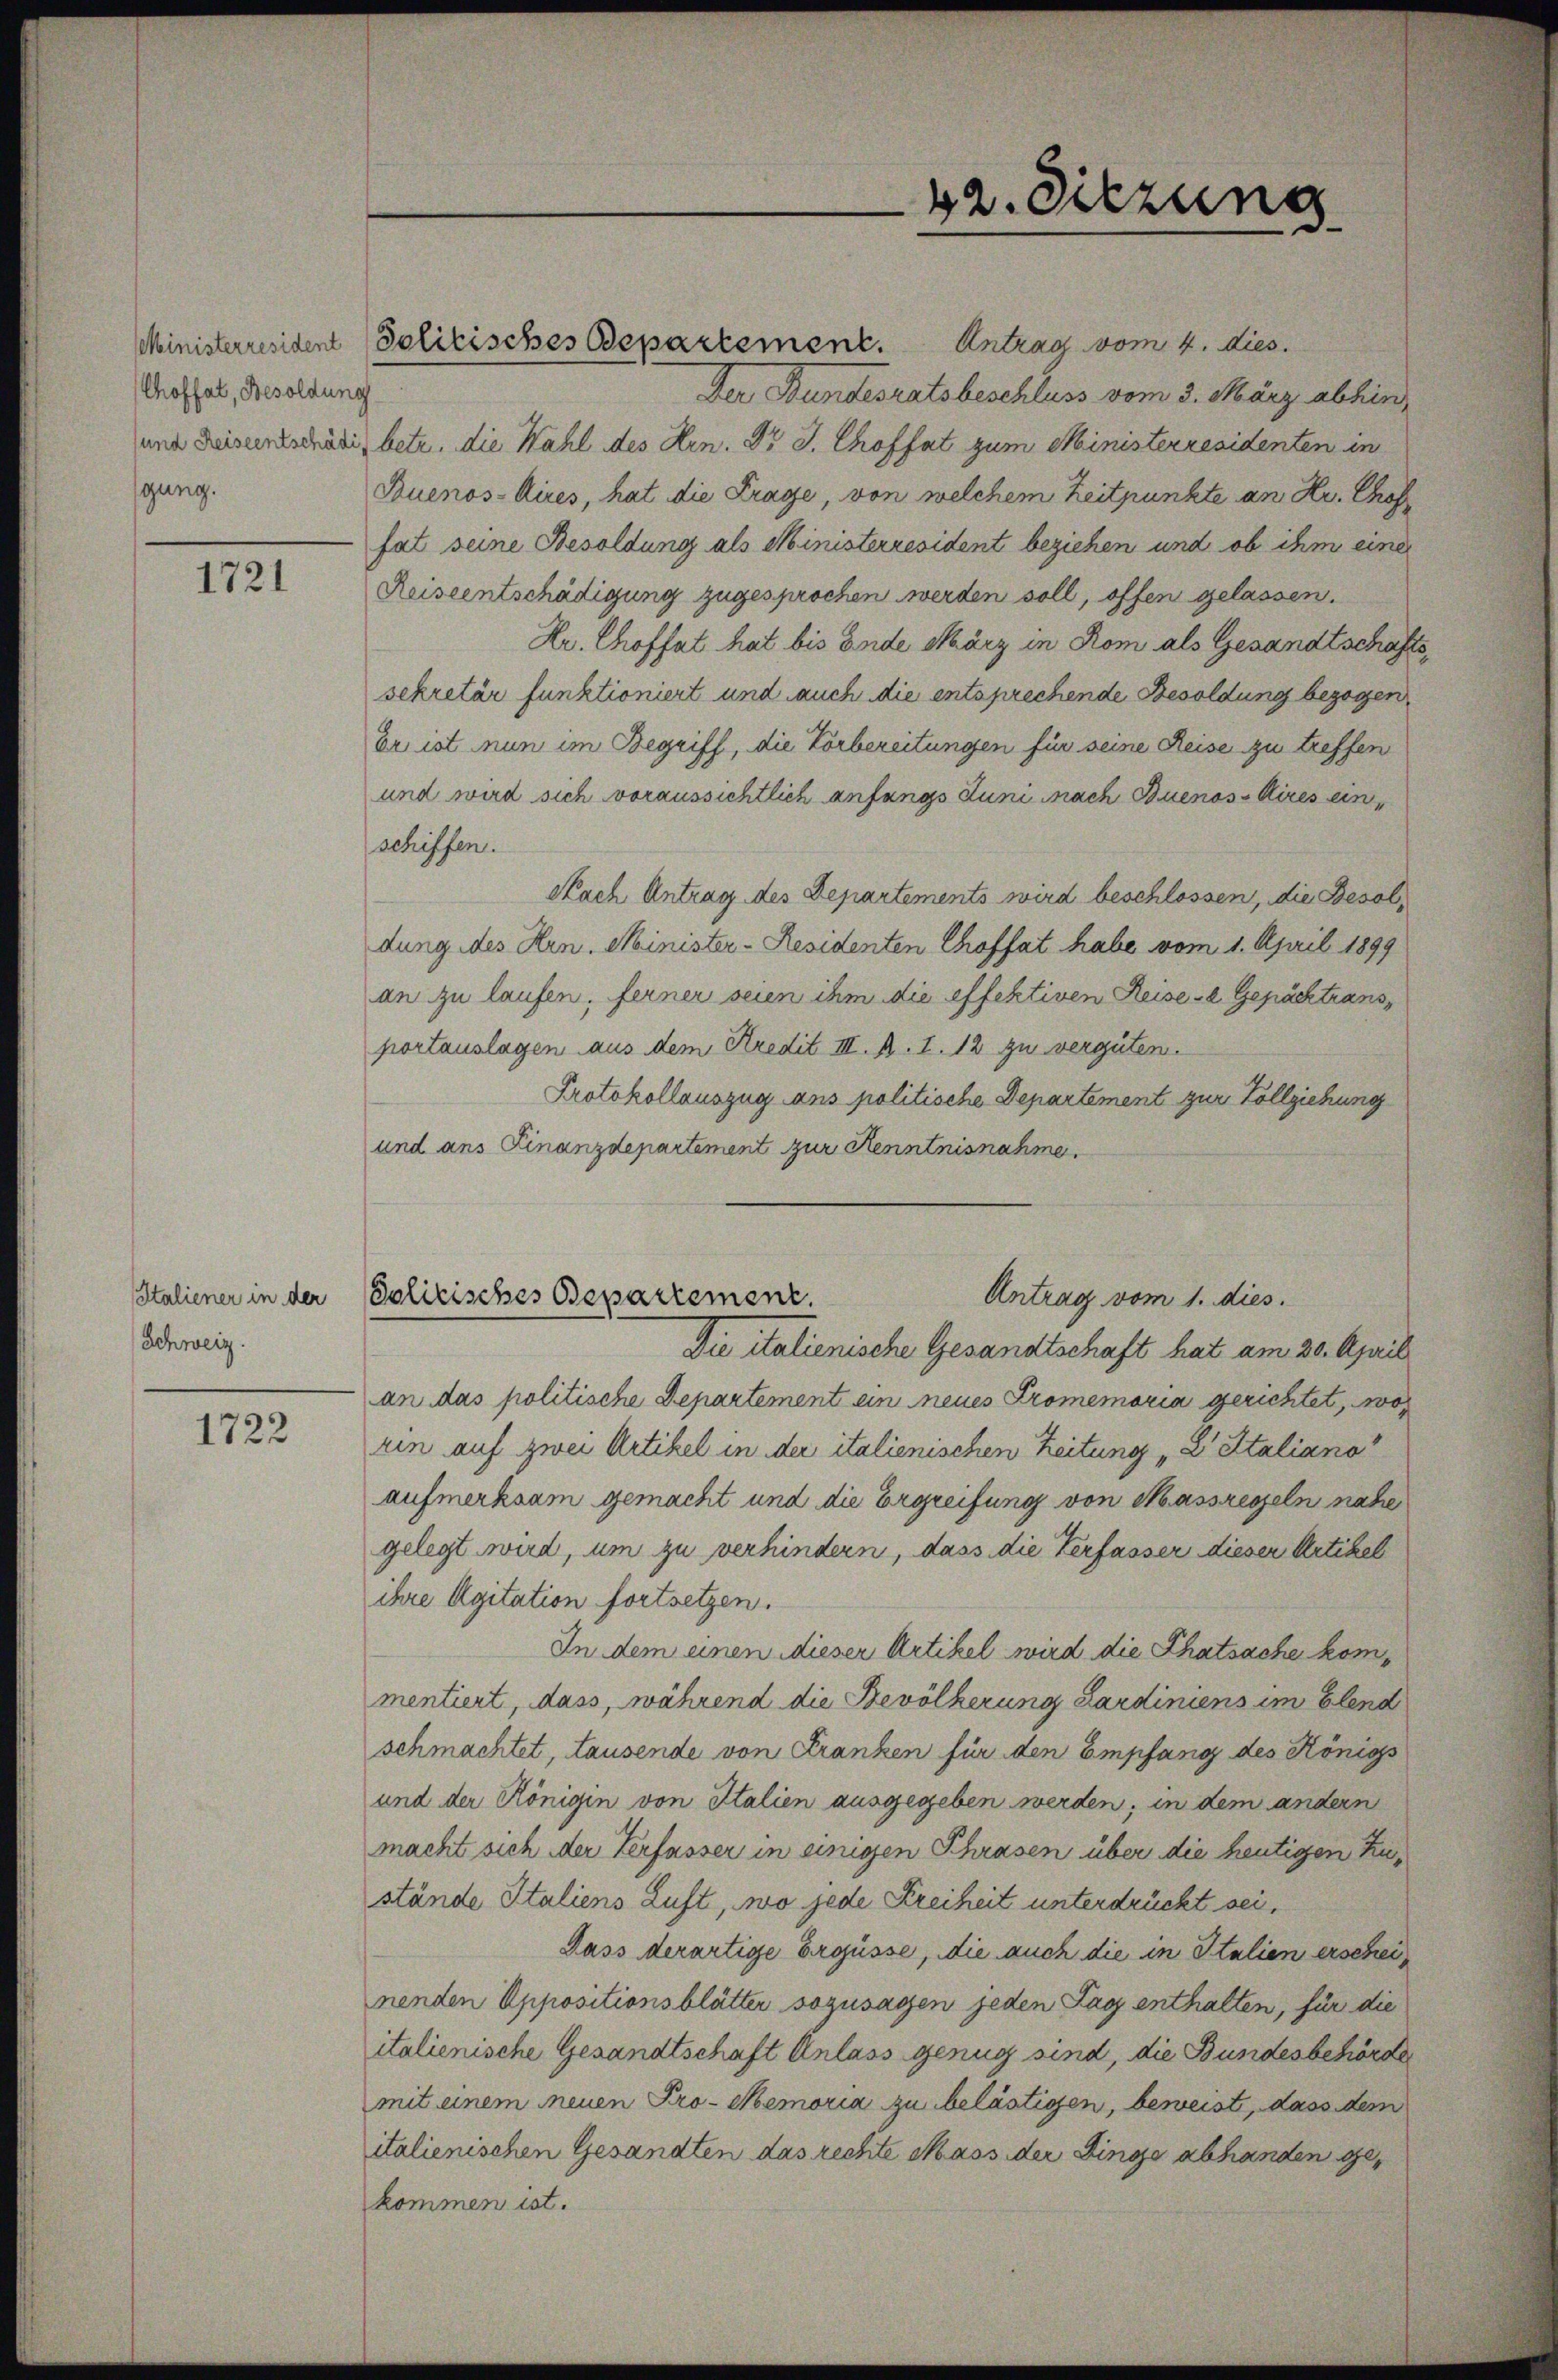
Ministerresident
Choffat, Besoldung
sund Reiseentschäd
gung.

1721

Italiener in der
Schweiz.

1722

42. Sitzung

Antrag vom 4. dies.
Solitisches Departement.
Der Bundesratsbeschluss vom 3. März abhin
betr. die Wahl des Hrn. Dr J. Choffat zum Ministerresidenten in
Buenos-Aires, hat die Frage, von welchem Zeitpunkte an Hr. Proffat seine Besoldung als Ministerresident beziehen und ob ihm eine
Reiseentschädigung zugesprochen werden soll, offen gelassen.
Kr. Chroffet hat bis Ende März in Rom als Gesandtschaftssekretär funktioniert und auch die entsprechende Besoldung bezogen
Er ist nun im Begriff, die Vorbereitungen für seine Reise zu treffen
und wird sich voraussichtlich anfangs Juni nach Buenos-Aires einschiffen.
Nach Antrag des Departements wird beschlossen, die Besoldung des Hrn. Minister-Residenten Choffet habe vom 1. April 1899
an zu laufen; ferner seien ihm die effektiven Reise- Gepäcktransportauslagen aus dem Kredit III. B. I. 12 zu vergüten.
Protokollauszug ans politische Departement zur Vollziehung
und ans Finanzdepartement zur Kenntnisnahme.
Antrag vom 1. dies
Solitisches Departement.
Die italienische Gesandtschaft hat am 30. April
an das politische Departement ein neues Promemoria gerichtet, wo
rin auf zwei Artikel in der italienischen Zeitung „D Italiano
aufmerksam gemacht und die Ergreifung von Massregeln nahe
gelegt wird, um zu verhindern, dass die Verfasser diesen Artikel
ihre Agitation fortsetzen.
In dem einen dieser Artikel wird die Thatsache kommentiert, dass, während die Bevölkerung Pardiniens im Elend
schmachtet, tausende von Franken für den Empfang des Königs
und der Königin von Italien ausgegeben werden; in dem andern
macht sich der Verfasser in einigen Phrasen über die heutigen Zustände Italiens Luft, wo jede Kreiheit unterdrückt sei,
Dass derartige Ergüsse, die auch die in Italien erscheinenden Oppositionsblätter sozusagen jeden Tag enthalten, für die
italienische Gesandtschaft Anlass genug sind, die Bundesbehörde
mit einem neuen Pro-Memoria zu belästigen, beweist, dass dem
italienischen Gesandten das rechte Mass der Dinge abhanden gekommen ist.